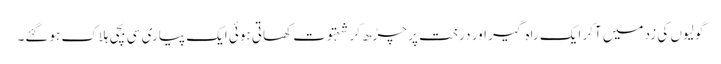
گولیوں کی زد میں آکر ایک راہ گیر اور درخت پر چڑھ کر شہتوت کھاتی ہوئی ایک پیاری سی بچی ہلاک ہوگئے۔